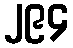
၂၉၄